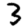
Digit: 3